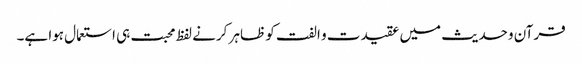
قرآن وحدیث میں عقیدت و الفت کو ظاہر کرنے لفظ محبت ہی استعمال ہوا ہے۔